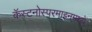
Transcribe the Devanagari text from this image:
कॅस्टनोस्परमाइनमध्ये